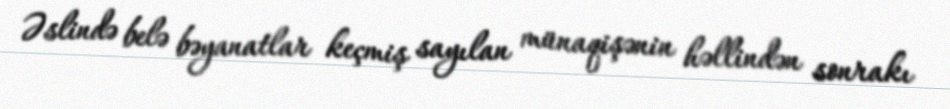
Əslində belə bəyanatlar keçmiş sayılan münaqişənin həllindən sonrakı